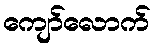
ကျော်လောက်